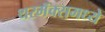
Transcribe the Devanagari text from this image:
थरमॅक्समध्ये